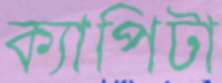
ক্যাপিটা